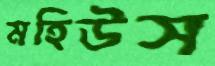
মহিউস